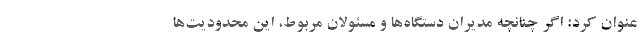
عنوان کرد: اگر چنانچه مدیران دستگاه‌ها و مسئولان مربوط، این محدودیت‌ها